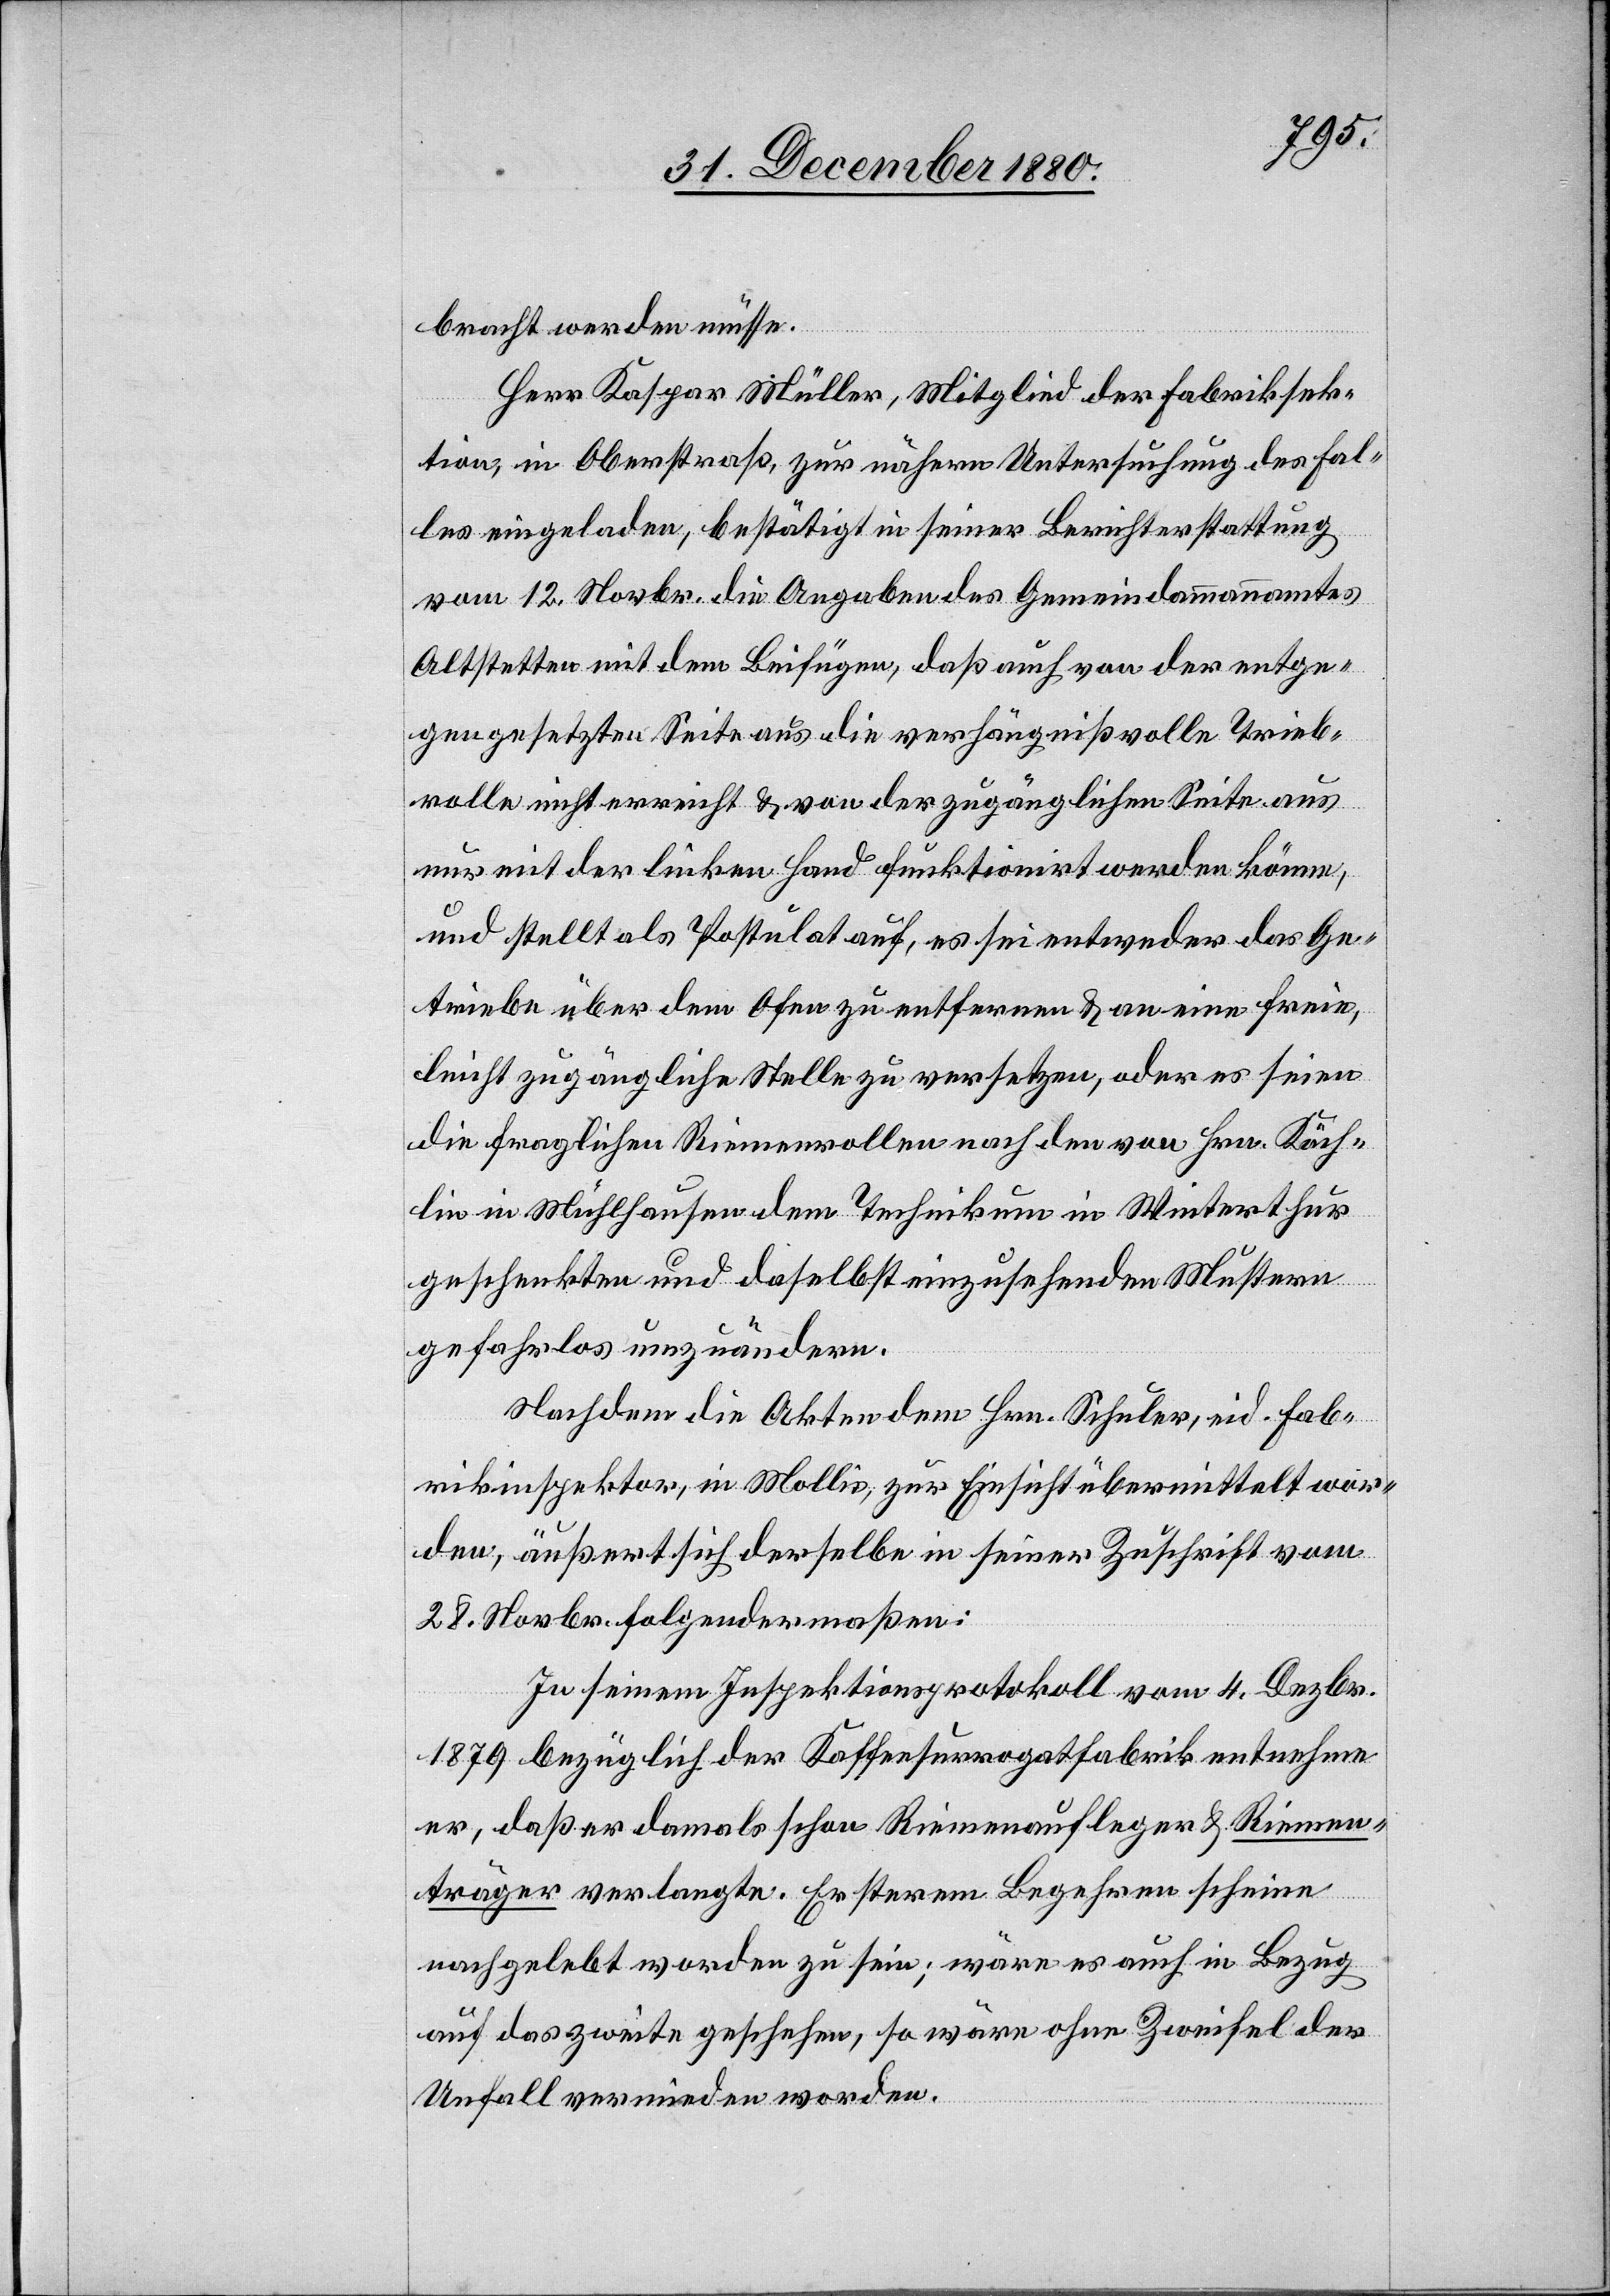
bracht werden müsse.
Herr Kaspar Müller, Mitglied der Fabriksek¬
tion, in Oberstraß, zur nähern Untersuchung des Fal¬
lens eingeladen, bestätigt in seiner Berichterstattung
vom 12. Novbr. die Angaben des Gemeindammannamtes
Altstetten mit dem Beifügen, daß auch von der entge¬
gengesetzten Seite aus die verhängnißvolle Trieb¬
rolle nicht erreicht & von der zugänglichen Seite aus
nur mit der linken Hand funktionirt werden könne,
und stellt als Postulat auf, es sei entweder das Ge¬
triebe über dem Ofen zu entfernen & an eine freie,
leicht zugängliche Stelle zu versetzten, oder es seien
die fraglichen Riemenrollen nach den von Hrn. Köch¬
lin in Mühlhausen dem Technikum in Winterthur
geschenkten und daselbst einzusehenden Mustern
gefahrlos umzuändern.
Nachdem die Akten dem Hrn. Schuler, eid. Fab¬
rikinspektor, in Mollis, zur Einsicht übermittelt wor¬
den, äußert sich derselbe in seiner Zuschrift vom
28. November folgendermaßen:
In seinem Inspektionsprotokoll vom 4. Dezbr.
1879 bezüglich der Kaffeesurrogatfabrik entnehme
er, daß er damals schon Riemenaufleger & Riemen¬
träger verlangte. Ersterem Begehren scheine
nachgelebt worden zu sein, so wäre ohne Zweifel der
Unfall vermieden worden.